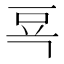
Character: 𰶗